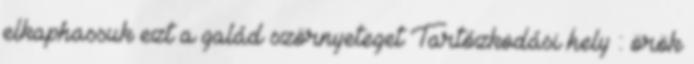
elkaphassuk ezt a galád szörnyeteget Tartózkodási hely : örök